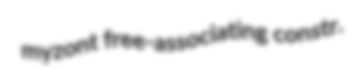
myzont free-associating constr.